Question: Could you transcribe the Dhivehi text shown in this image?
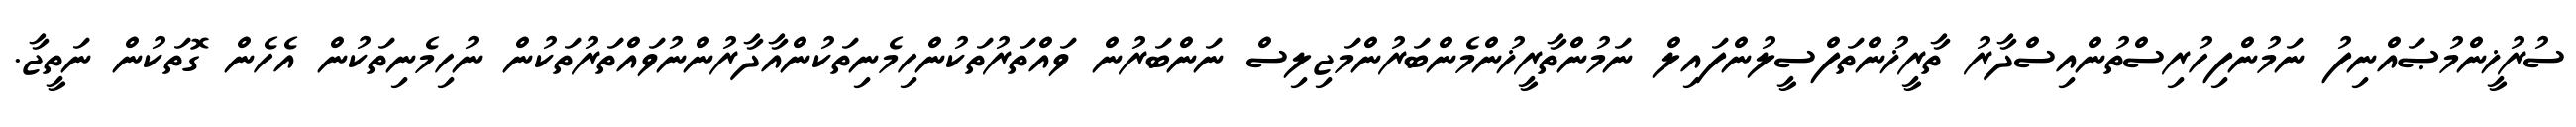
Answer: ސުރުޚީންމުޞައްނިފު ނަމުންފިހުރިސްތުންއިސްދާރު ތާރީޚުންތަފްސީލުންފައިލް ނަމުންތާރީޚުންމެންބަރުންމަޖިލިސް ނަންބަރުން ވައްތަރުތަކުންހިމެނިތަކުންއާދާރުންނުވައްތަރުތަކުން ނުހިމެނިތަކުން އެހެން ގޮތަކުން ނަތީޖާ.